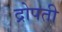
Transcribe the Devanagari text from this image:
द्रोपती